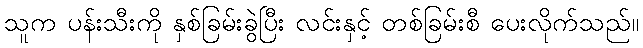
သူက ပန်းသီးကို နှစ်ခြမ်းခွဲပြီး လင်းနှင့် တစ်ခြမ်းစီ ပေးလိုက်သည်။